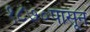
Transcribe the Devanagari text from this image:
१८७०पासून